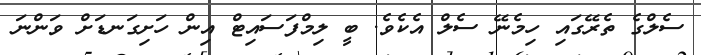
ސެލްގެ ތެރޭގައި ހިމެނޭ ސެލް އެކެވެ. ބީ ލިމްފަސައިޓް އިން ހަށިގަނޑަށް ވަންނަ